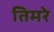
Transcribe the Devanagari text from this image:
तिमरे